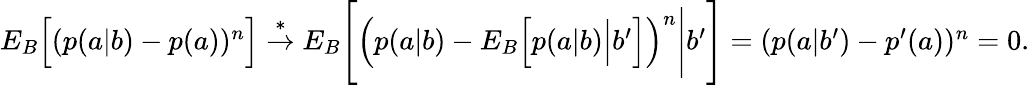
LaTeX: \begin{array}{r}{{E}_{B}\Big[(p(a|b)-p(a))^{n}\Big]\stackrel{*}{\rightarrow}{E}_{B}\Bigg[\Big(p(a|b)-{E}_{B}\Big[p(a|b)\Big|b^{\prime}\Big]\Big)^{n}\Bigg|b^{\prime}\Bigg]=(p(a|b^{\prime})-p^{\prime}(a))^{n}=0.}\end{array}